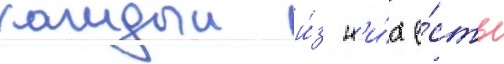
каждыи и́з н'и́х е́сть